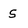
Character: S